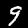
Label: 9